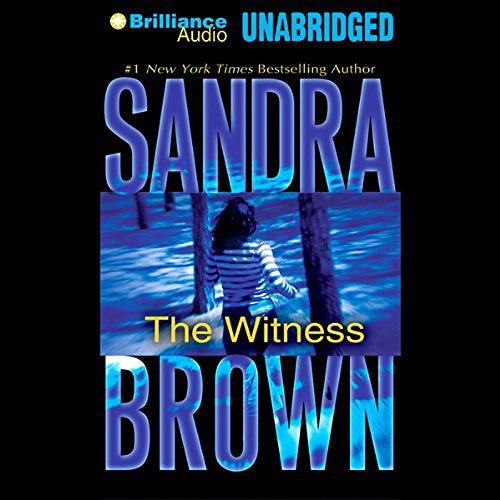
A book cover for The Witness; Sandra Brown; Romance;